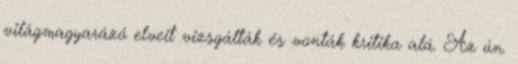
világmagyarázó elveit vizsgálták és vonták kritika alá. Az ún.